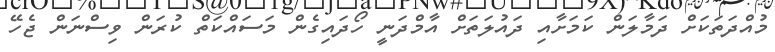
މުއްދަތަކަށް ދަމާލަން ކަމަށާއި ދައުލަތަށް އާމްދަނީ ހޯދައިގެން މަސައްކަތް ކުރަން ވިސްނަން ޖެހޭ